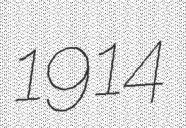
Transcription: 1914